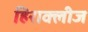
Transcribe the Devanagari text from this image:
हिराक्लीज